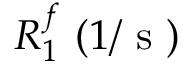
R _ { 1 } ^ { f } ~ ( 1 / \mathrm { ~ s ~ } )